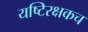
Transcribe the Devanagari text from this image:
यष्टिरक्षकच